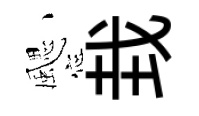
颸㘽